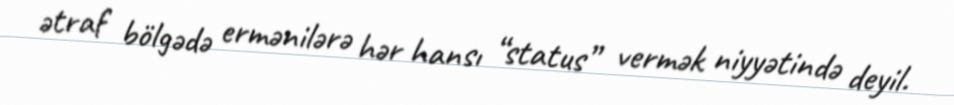
ətraf bölgədə ermənilərə hər hansı “status” vermək niyyətində deyil.